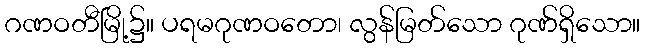
ဂဏဝတီမြို့၌။ ပရမဂုဏဝတော၊ လွန်မြတ်သော ဂုဏ်ရှိသော။